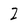
Character: I